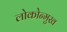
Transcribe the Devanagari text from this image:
लोकोन्मुख